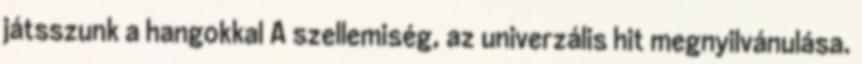
játsszunk a hangokkal A szellemiség, az univerzális hit megnyilvánulása.